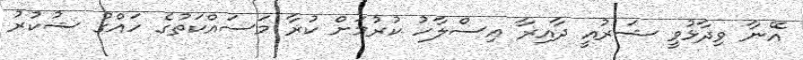
އޭނާ ވިދާޅުވީ ޝަރުއީ ދާއިރާ އިސްލާހު ކުރުމަށް ކުރާ މަސައްކަތުގެ ހައްގު ޝުކުރު